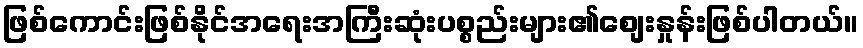
ဖြစ်ကောင်းဖြစ်နိုင်အရေးအကြီးဆုံးပစ္စည်းများ၏စျေးနှုန်းဖြစ်ပါတယ်။